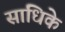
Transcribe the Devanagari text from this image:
साधिके